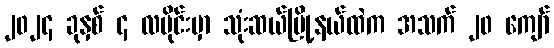
၂၀၂၄ ခုနှစ် ၄ လပိုင်းမှာ သုံးဆယ်မြို့နယ်ထဲက အသက် ၂၀ ကျော်